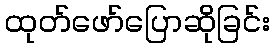
ထုတ်ဖော်ပြောဆိုခြင်း